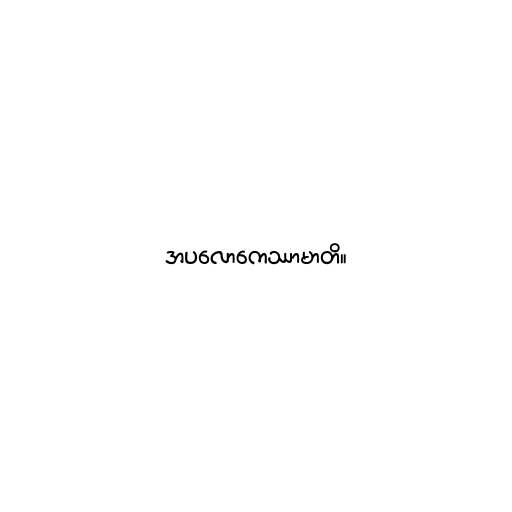
အပလောကေဿာမာတိ။